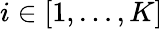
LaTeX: i\in[1,\ldots,K]